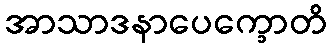
အာသာဒနာပေက္ခောတိ